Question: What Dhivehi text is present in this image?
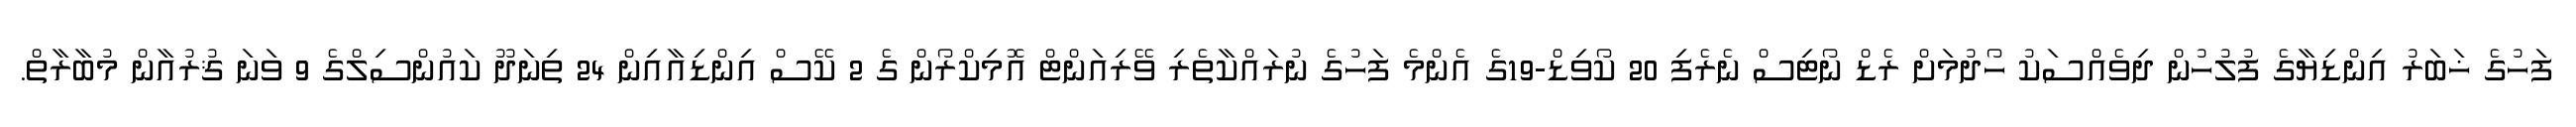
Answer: ފަހުގެ ޚަބަރު އިންޑިޔާގެ ފުލުހުން ދިވެއްސަކު ހޯދުމަށް ރެޑް ނޯޓިސް ނެރެފި 20 ކޯވިޑް-19ގެ އެންމެ ފަހުގެ ނުރައްކާތެރި ވޭރިއަންޓް އޮމިކްރޯން ގެ 2 ކޭސް އިންޑިއާއިން 24 ތިނަދޫ ކައުންސިލްގެ 9 ވަނަ ޤުރުއާން މުބާރާތް.